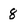
Character: 8